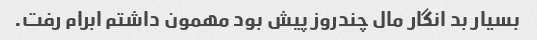
بسیار بد انگار مال چندروز پیش بود مهمون داشتم ابرام رفت.